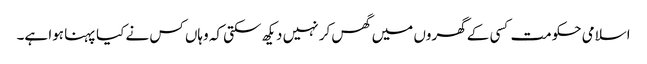
اسلامی حکومت کسی کے گھروں میں گھس کر نہیں دیکھ سکتی کہ وہاں کس نے کیا پہنا ہوا ہے۔